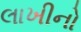
લાખીનો